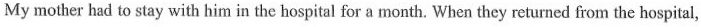
My mother had to stay with him in the hospital for a month. When they returned from the hospital,